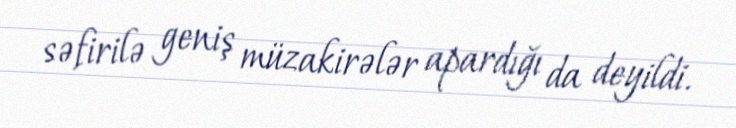
səfirilə geniş müzakirələr apardığı da deyildi.